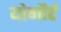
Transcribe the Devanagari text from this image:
योगौर्ट